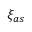
\xi _ { a s }